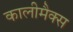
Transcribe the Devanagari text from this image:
कालीमैक्स